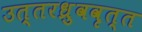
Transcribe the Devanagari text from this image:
उत्तरध्रुववृत्त